Calcutta medical institutions reports 1879-81 [i.e.91]
Year: 1879
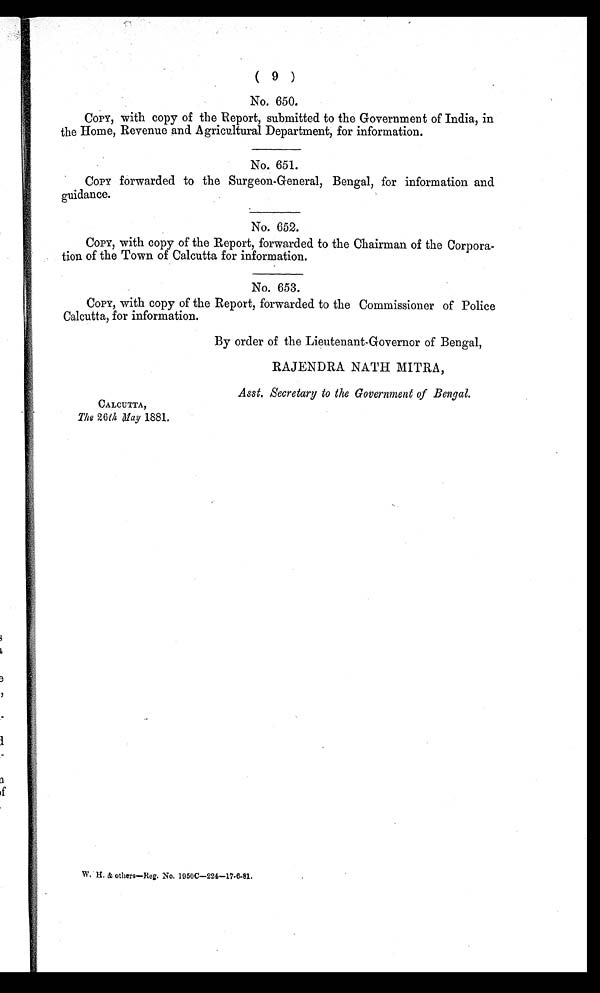
( 9 )
No. 650.
COPY, with copy of the Report, submitted to the Government of India, in
the Home, Revenue and Agricultural Department, for information.
No. 651.
COPY forwarded to the Surgeon-General, Bengal, for information and
guidance.
No. 652.
COPY, with copy of the Report, forwarded to the Chairman of the Corpora
-tion of the Town of Calcutta for information.
No. 653.
COPY, with copy of the Report, forwarded to the Commissioner of Police
Calcutta, for information.
By order of the Lieutenant-Governor of Bengal,
RAJENDRA NATH MITRA,
Asst. Secretary to the Government of Bengal.
CALCUTTA,
The 26 th May 1881.
W, H. & others—Reg. No. 1950C–224–17-6-81.